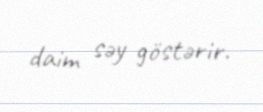
daim səy göstərir.